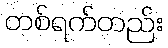
တစ်ရက်တည်း